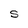
Character: s